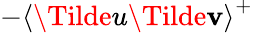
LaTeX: -\textlangle\Tilde{u}\Tilde{\mathbf{v}}\textrangle^{+}